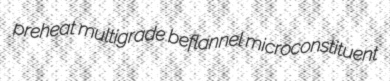
preheat multigrade beflannel microconstituent